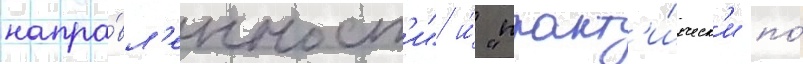
напра́вл'енност'и" и́ "практ'и́ческ'и по́